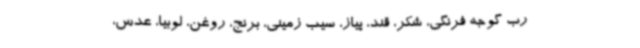
رب گوجه فرنگی، شکر، قند، پیاز، سیب زمینی، برنج، روغن، لوبیا، عدس،